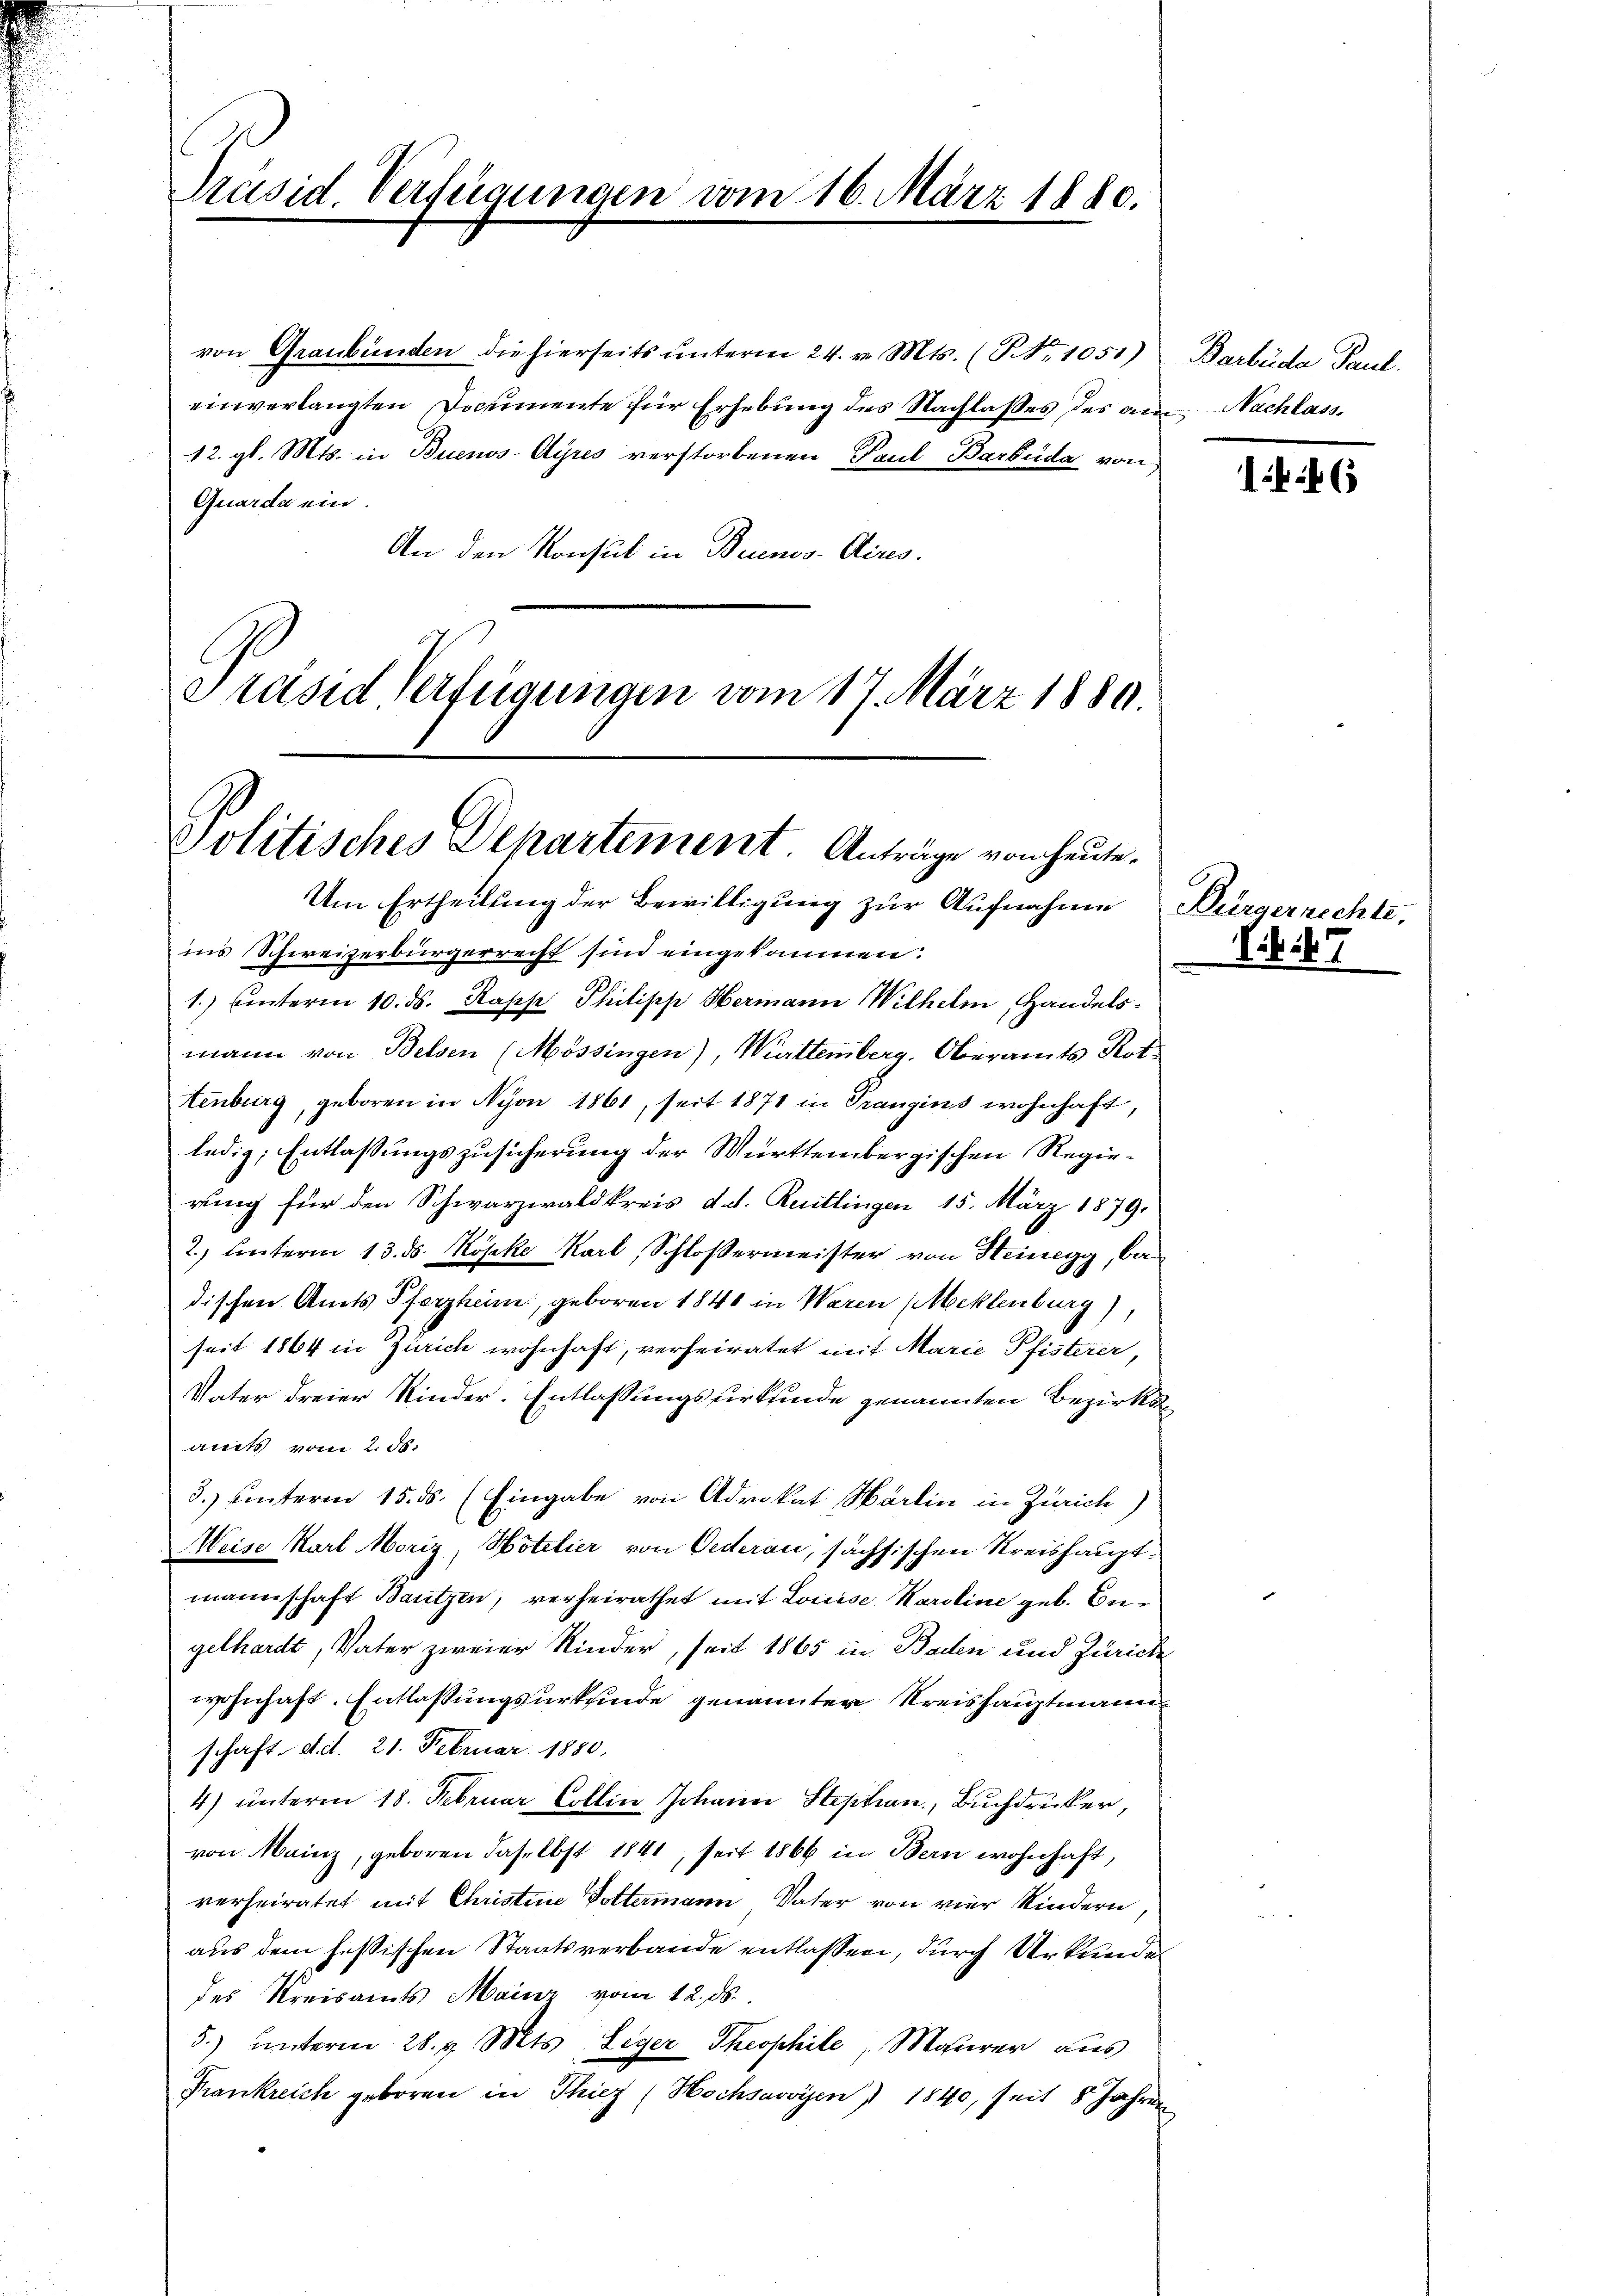
Präsid. Verfügungen vom 16. März 1880.

von Graubünden die hierseits ŭnterm 24. v. Mts. (Nr. 1051)
einverlangten Documente für Erhebung des Nachlasses des an
12. gl. Mts. in Buenos-Ayres verstorbenen Paul Barbuda von
Quarda ein.
An den Konsul in Buenos-Aires.
Präsid Verfügungen vom 17. März 1889.

Politisches Departement. Anträge von heute.
Um Ertheilung der Bewilligung zur Aufnahme Bürgerrechte,

ins Schweizerbürgerrecht sind eingekommen.
1.) hinterm 10. ds. Rapp, Philipp Hermann Wilhelm, Handelsmann von Belsen (Mössingen), Württemberg. Oberamts Kot.
tenburg, geboren in Nyon 1861, seit 1871 in Prangins wohnhaft,
ledig, Entlassungszusicherung der Württembergischen Regierung für den Schwarzwaldkreis d. d. Reutlingen 15. März 1879.
2.) Unterm 13. ds. Köpke Karl, Schloßermeister von Heinegg, bedischen Amts Pferzheim, geboren 1840 in Waren (Meklenburg),
seit 1864 in Zürich wohnhaft, verheiratet mit Marie Pfisterer,
Vater dreier Kinder-Entlassungsurkfinde genannten Bezirksamts vom 2. 58.
3.) Unterm 15. ds. (Eingabe von Advokat Martin in Zürich)
Weise Karl Moriz, Hotelier von Oederau, sächsischen Kreishauptmannschaft Bautzen, verheirathet mit Louise Karoline geb. Engelhardt, Vater zweier Kinder, seit 1865 in Baden und Zürich
wohnhaft. Entlassungsurkunde genannter Kreishauptmann
schaft, d. et. 21. Februar 1880.
4) unterm 18. Februar Collin Johann Steption, Buchdrucker,
von Mainz, geboren daselbst 1841, seit 1866 in Bern wohnhaft,
verheiratet mit Christine Dottermann Vater von vier Kindern
aus dem fessischen Staatsverbande entlassen, durch Urkunde
des Kreisamts Mainz vom 12. ds.
5.) ŭnterm 28. v. Mts. Leger Theophile, Moserer aŭs
Frankreich geboren in Thier (Hochsavoyen) 1840, seit 8 Jahren

Barbüde Paul.
Nachlass.
f

E 47